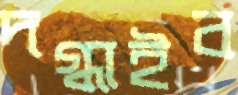
দগ্ধাইব